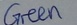
Text: GREEN